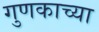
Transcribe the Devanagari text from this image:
गुणकाच्या